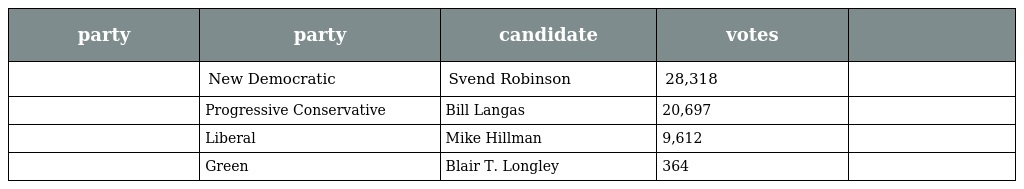
| party | party | candidate | votes |  |
 | --- | --- | --- | --- | --- |
 |  | New Democratic | Svend Robinson | 28,318 |  |
 |  | Progressive Conservative | Bill Langas | 20,697 |  |
 |  | Liberal | Mike Hillman | 9,612 |  |
 |  | Green | Blair T. Longley | 364 |  |